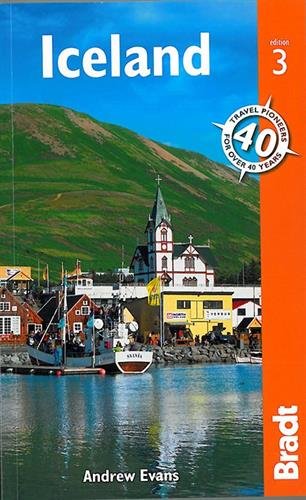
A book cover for Iceland (Bradt Guides); Andrew Dr Evans; Travel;